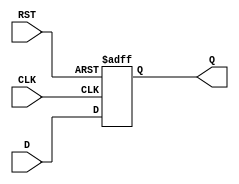
module synchronous_register (
    input wire D,        // Data input
    input wire CLK,      // Clock signal
    input wire RST,      // Reset signal
    output reg Q         // Data output
);

// Always block triggered on the rising edge of the clock or when reset is asserted
always @(posedge CLK or posedge RST) begin
    if (RST) begin
        Q <= 1'b0;      // Set output to 0 on reset
    end else begin
        Q <= D;         // Capture the input data on clock edge
    end
end

endmodule